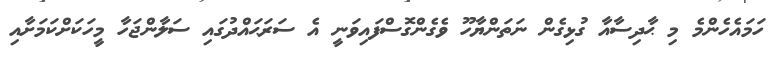
ހަމައެހެންމެ މި ޙާދިސާއާ ގުޅިގެން ނަތަންޔާހޫ ވެގެންގޮސްފައިވަނީ އެ ސަރަޙައްދުގައި ސަލާންޖަހާ މީހަކަށްކަމަށާއި